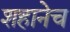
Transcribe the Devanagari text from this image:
शहानेच